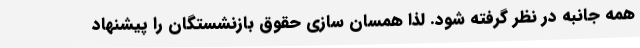
همه جانبه در نظر گرفته شود. لذا همسان سازی حقوق بازنشستگان را پیشنهاد